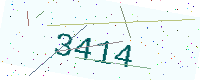
Text: 3414